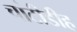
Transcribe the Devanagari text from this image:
चांटीडीह